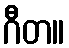
ဂီတ။